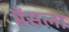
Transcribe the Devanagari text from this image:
भैंसला